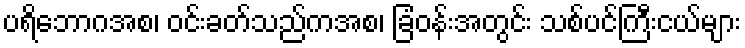
ပရိဘောဂအစ၊ ဝင်းခတ်သည်ကအစ၊ ခြံဝန်းအတွင်း သစ်ပင်ကြီးငယ်များ